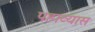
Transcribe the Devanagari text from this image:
पहाव्यास